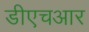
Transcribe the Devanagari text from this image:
डीएचआर